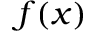
f ( x )